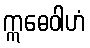
ဣဓေဝါဟံ